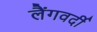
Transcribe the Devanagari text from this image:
लैंगवर्दी